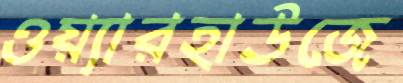
ওয়্যারহাউজে